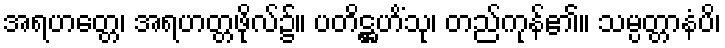
အရဟတ္တေ၊ အရဟတ္တဖိုလ်၌။ ပတိဋ္ဌဟိံသု၊ တည်ကုန်၏။ သမ္ပတ္တာနံပိ၊